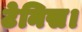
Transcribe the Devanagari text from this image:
टेनिस।